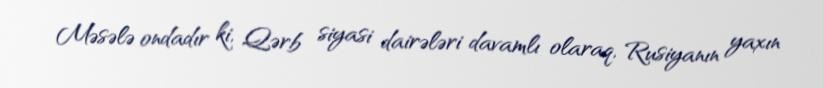
Məsələ ondadır ki, Qərb siyasi dairələri davamlı olaraq, Rusiyanın yaxın